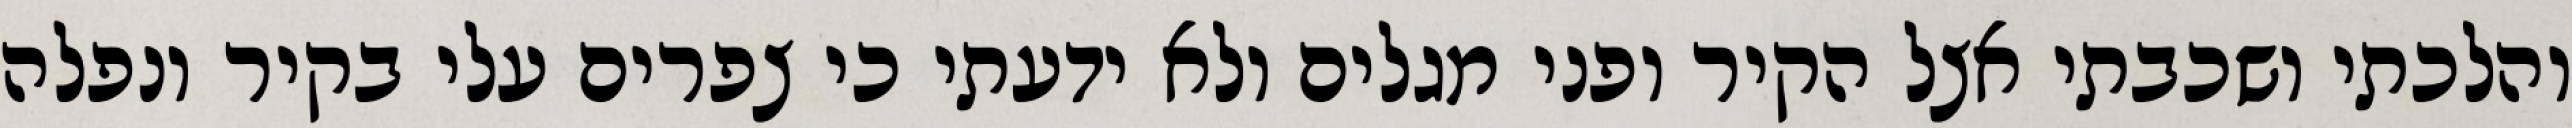
והלכתי ושכבתי אצל הקיר ופני מגלים ולא ידעתי כי צפרים עלי בקיר‏ ונפלה